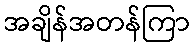
အချိန်အတန်ကြာ